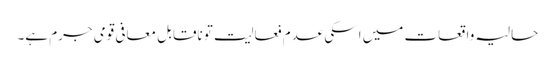
حالیہ واقعات میں اسکی عدم فعالیت تو ناقابل معافی قومی جرم ہے۔